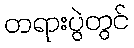
တရားပွဲတွင်